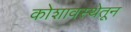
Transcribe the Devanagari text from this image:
कोशावस्थेतून